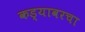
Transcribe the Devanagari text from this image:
कड्यावरचा